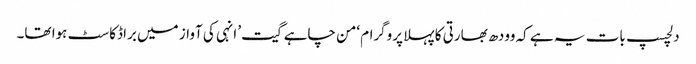
دلچسپ بات یہ ہے کہ وودھ بھارتی کا پہلا پروگرام ‘من چاہے گیت’ انہی کی آواز میں براڈکاسٹ ہوا تھا۔